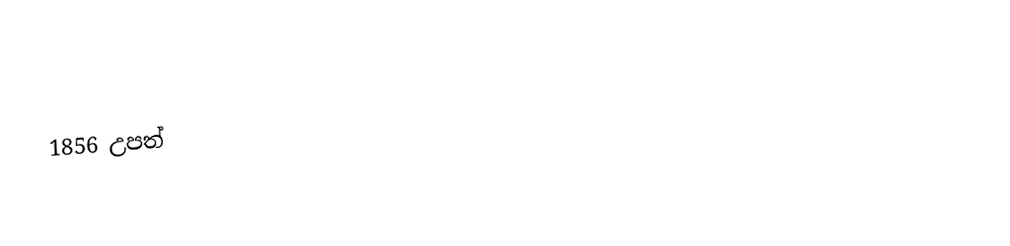
1856 උපත්